Sanitation, dispensaries and jails vaccination Rajputana 1922-1927 - 1922-1927
Year: 1922
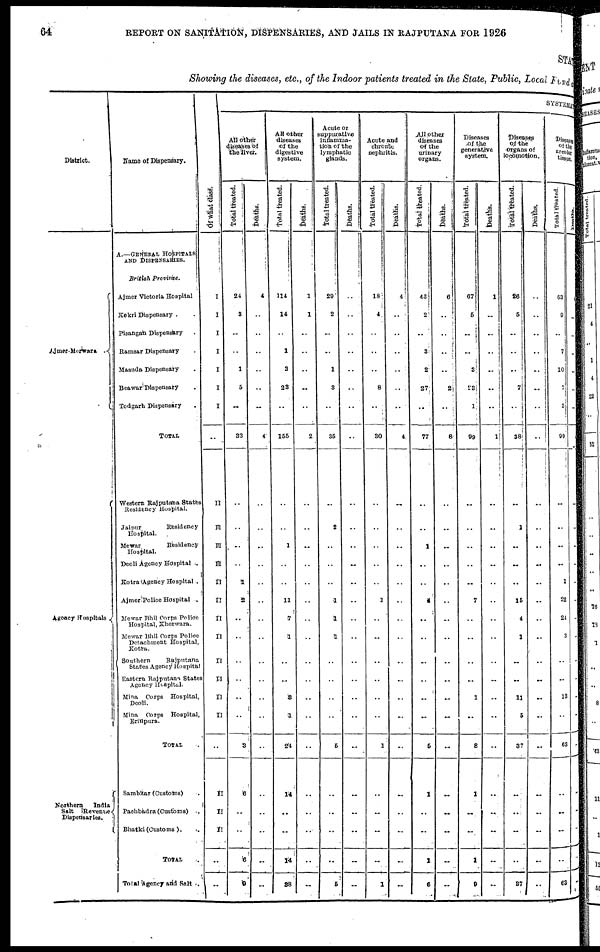
64
REPORT ON SANITATION, DISPENSARIES, AND JAILS IN RAJPUTANA FOR 1926
STATE
Showing the diseases, etc., of the Indoor patients treated in the State, Public, Local Fund
District.
Ajmer-Merwara.
Agency Hospitals
Northern
India
Salt
Revenue
Dispensaries.
Name of Dispensary.
A.—GENERAL HOSPITALS
AND DISPENSARIES.
British
Province.
Ajmer Victoria Hospital
Kekri Dispensary . .
Pisangan Dispensary .
Ramsar Dispensary .
Masuda Dispensary .
Beawar Dispensary .
Todgarh Dispensary .
TOTAL
Western Rajputana States
Residency Hospital.
Jaipur
Residency
Hospital.
Mewar
Residency
Hospital.
Deoli Agency Hospital.
Kotra Agency Hospital .
Ajmer Police Hospital .
Mewar Bhil Corps Police
Hospital, Kherwara.
Mewar Bhil Corps Police
Detachment Hospital,
Kotra.
Southern
Rajputana
States Agency Hospital
Eastern Rajpntana States
Agency Hospital.
Mina Corps
Hospital,
Deoli.
Mina
Corps
Hospital,
Erinpura.
TOTAL .
Sambhar (Customs) .
Pachbadra (Customs)
.
Bhatki (Customs ).
TOTAL
Total Agency and Salt .
Of What class.
I
I
I
I
I
I
I
I
II
III
III
III
III
II
II
II
II
II
II
II
..
II
II
II
..
II
SYSTEMATIC
All other
diseases of
the liver.
Total treated.
24
3
..
..
1
5
..
33
..
..
..
..
1
2
..
..
..
..
..
..
3
6
..
..
6
9
Deaths.
4
..
..
..
..
..
..
4
..
..
..
..
..
..
..
..
..
..
..
..
..
..
..
..
..
..
All other
diseases
of the
digestive
system.
Total treated.
114
14
..
1
3
23
..
155
..
..
1
..
..
11
7
1
..
..
3
1
24
14
..
..
14
88
Deaths.
1
1
..
..
..
..
..
2
..
..
..
..
..
..
..
..
..
..
..
..
..
..
..
..
..
..
Acute or
suppurative
inflamma¬
tion of the
lymphatic
glands.
Total treated.
29
2
..
..
1
3
..
35
..
2
..
..
..
1
1
1
..
..
..
..
5
..
..
..
..
6
Deaths.
..
..
..
..
..
..
..
..
..
..
..
..
..
..
..
..
..
..
..
..
..
..
..
..
..
..
Acute and
chronic
nephritis.
Total treated.
18
4
..
..
..
8
..
30
..
..
..
..
..
1
..
..
..
..
..
..
1
..
..
..
..
1
Deaths.
4
..
..
..
..
..
..
4
..
..
..
..
..
..
..
..
..
..
..
..
..
..
..
..
..
..
All other
diseases
of the
urinary
organs.
Total treated.
43
2
..
3
2
27
..
77
..
..
1
..
..
4
..
..
..
..
..
..
6
1
..
..
1
6
Deaths.
6
..
..
..
..
2
..
8
..
..
..
..
..
..
..
..
..
..
..
..
..
..
..
..
..
..
Diseases
of the
generative
system.
Total treated.
67
5
..
..
3
23
1
99
..
..
..
..
..
7
..
..
..
..
1
..
8
1
..
..
1
9
Deaths.
1
..
..
..
..
..
..
1
..
..
..
..
..
..
..
..
..
..
...
..
..
..
..
..
..
..
Diseases
of the
organs of
locomotion.
Total treated.
26
5
..
..
..
7
..
38
..
1
..
..
..
15
4
1
..
..
11
5
37
..
..
..
..
37
Deaths.
..
..
..
..
..
..
..
..
..
..
..
..
..
..
..
..
..
..
..
..
..
..
..
..
..
..
Diseases
of the
areolar
tissue.
Total treated.
63
9
...
7
10
7
3
99
..
..
..
..
1
22
24
3
..
..
13
..
63
..
..
..
..
63
Deaths.
..
..
..
..
..
..
..
..
..
..
..
..
..
..
..
..
..
..
..
..
..
..
..
..
..
..